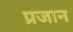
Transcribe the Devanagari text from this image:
प्रजान